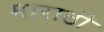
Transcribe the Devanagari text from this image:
माराठी